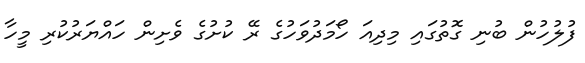
ފުލުހުން ބުނި ގޮތުގައި މިދިއަ ހޯމަދުވަހުގެ ރޭ ކުށުގެ ވެށިން ހައްޔަރުކުރި މީހާ